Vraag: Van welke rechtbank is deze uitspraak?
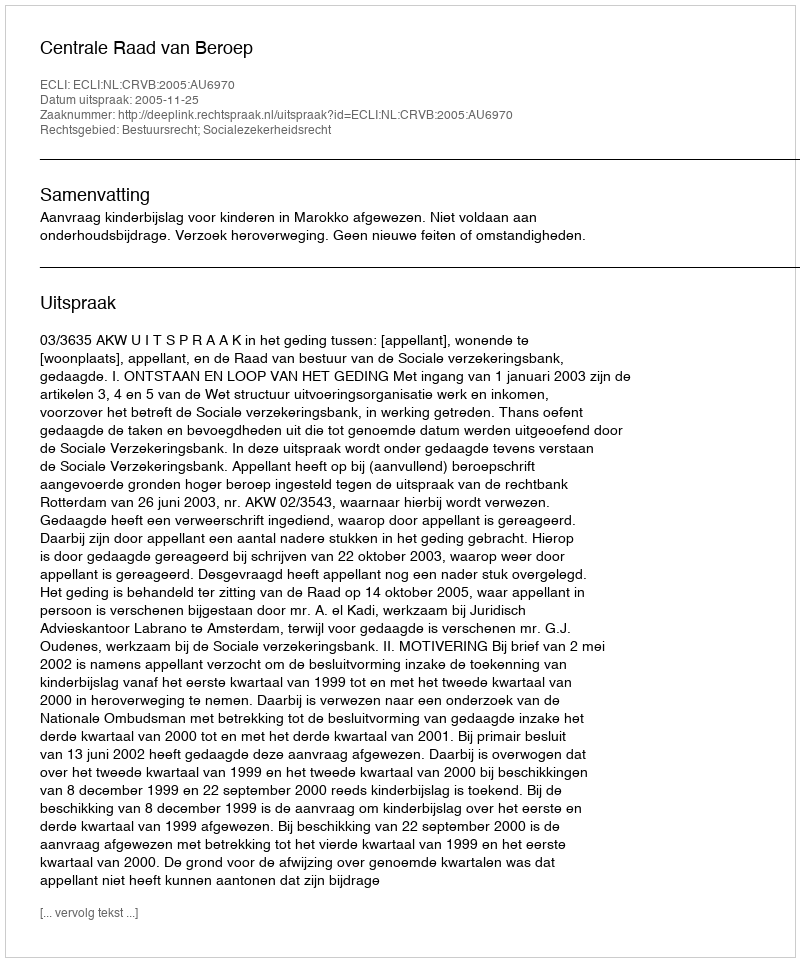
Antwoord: Centrale Raad van Beroep